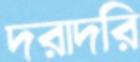
দরাদরি